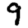
Digit: 9